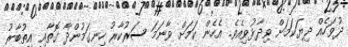
ދުވަހެއް ދިޔަކަމަށް ވިދާޅުވިއެވެ. އެހެން ކަމަށް ވާނަމަ ސަރުކާރު ހިނގަމުންދާ ގޮތާއި އިތުބާރު